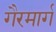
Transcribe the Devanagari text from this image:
गैरमार्ग